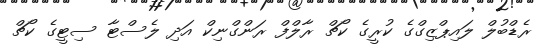
ރެޑްބުލް ލައިޕްޒިގްގެ ކުރީގެ ކޯޗް ރާލްފް ރަންގްނިކް އަދި ލެސްޓާ ސިޓީގެ ކޯޗް